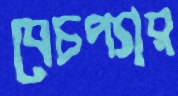
বেচপ্যার